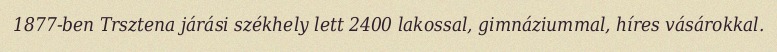
1877-ben Trsztena járási székhely lett 2400 lakossal, gimnáziummal, híres vásárokkal.